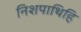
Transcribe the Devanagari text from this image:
निशपाथिहि